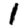
Digit: 1